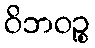
ဝိဘဝဉ္စ